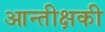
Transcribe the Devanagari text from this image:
आन्तीक्षकी